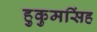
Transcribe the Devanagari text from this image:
हुकुमसिंह